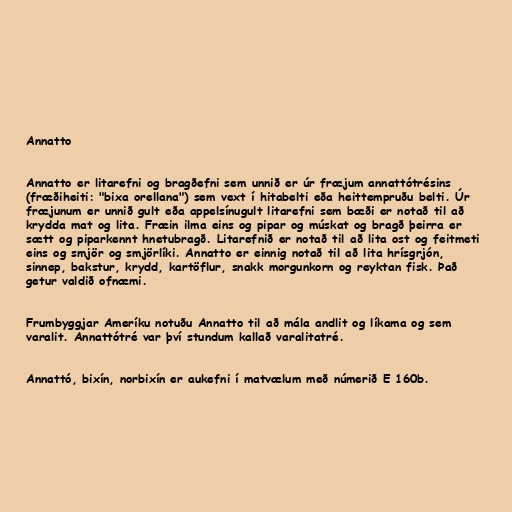
Annatto

Annatto er litarefni og bragðefni sem unnið er úr fræjum annattótrésins
(fræðiheiti: "bixa orellana") sem vext í hitabelti eða heittempruðu belti. Úr
fræjunum er unnið gult eða appelsínugult litarefni sem bæði er notað til að
krydda mat og lita. Fræin ilma eins og pipar og múskat og bragð þeirra er
sætt og piparkennt hnetubragð. Litarefnið er notað til að lita ost og feitmeti
eins og smjör og smjörlíki. Annatto er einnig notað til að lita hrísgrjón,
sinnep, bakstur, krydd, kartöflur, snakk morgunkorn og reyktan fisk. Það
getur valdið ofnæmi.

Frumbyggjar Ameríku notuðu Annatto til að mála andlit og líkama og sem
varalit. Annattótré var því stundum kallað varalitatré.

Annattó, bixín, norbixín er aukefni í matvælum með númerið E 160b.